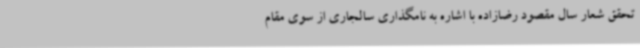
تحقق شعار سال مقصود رضازاده با اشاره به نامگذاری سالجاری از سوی مقام